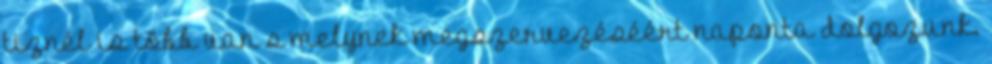
tiznél is több van s melynek megszervezéséért naponta dolgozunk.